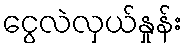
ငွေလဲလှယ်နှုန်း